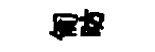
匍昉